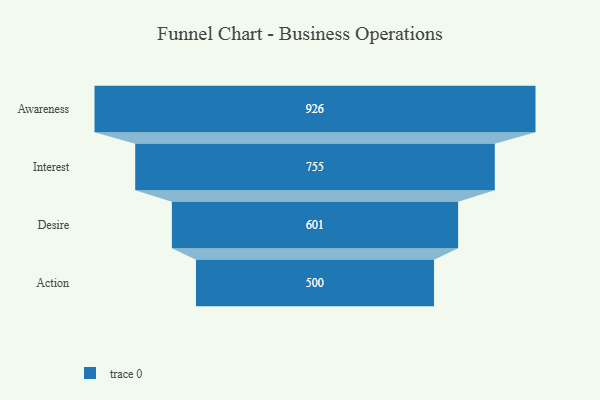
{"axis": {"x": "Stage", "y": "Value"}, "legend": [""], "data": [{"x": "Awareness", "y": 926.0, "type": ""}, {"x": "Interest", "y": 755.0, "type": ""}, {"x": "Desire", "y": 601.0, "type": ""}, {"x": "Action", "y": 500, "type": ""}]}